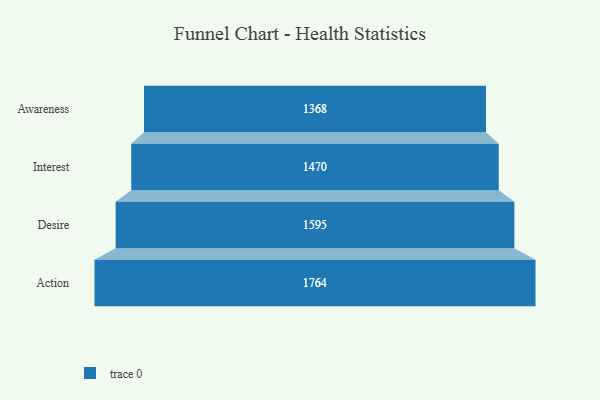
{"axis": {"x": "Stage", "y": "Value"}, "legend": [""], "data": [{"x": "Awareness", "y": 1368.0, "type": ""}, {"x": "Interest", "y": 1470.0, "type": ""}, {"x": "Desire", "y": 1595.0, "type": ""}, {"x": "Action", "y": 1764.0, "type": ""}]}